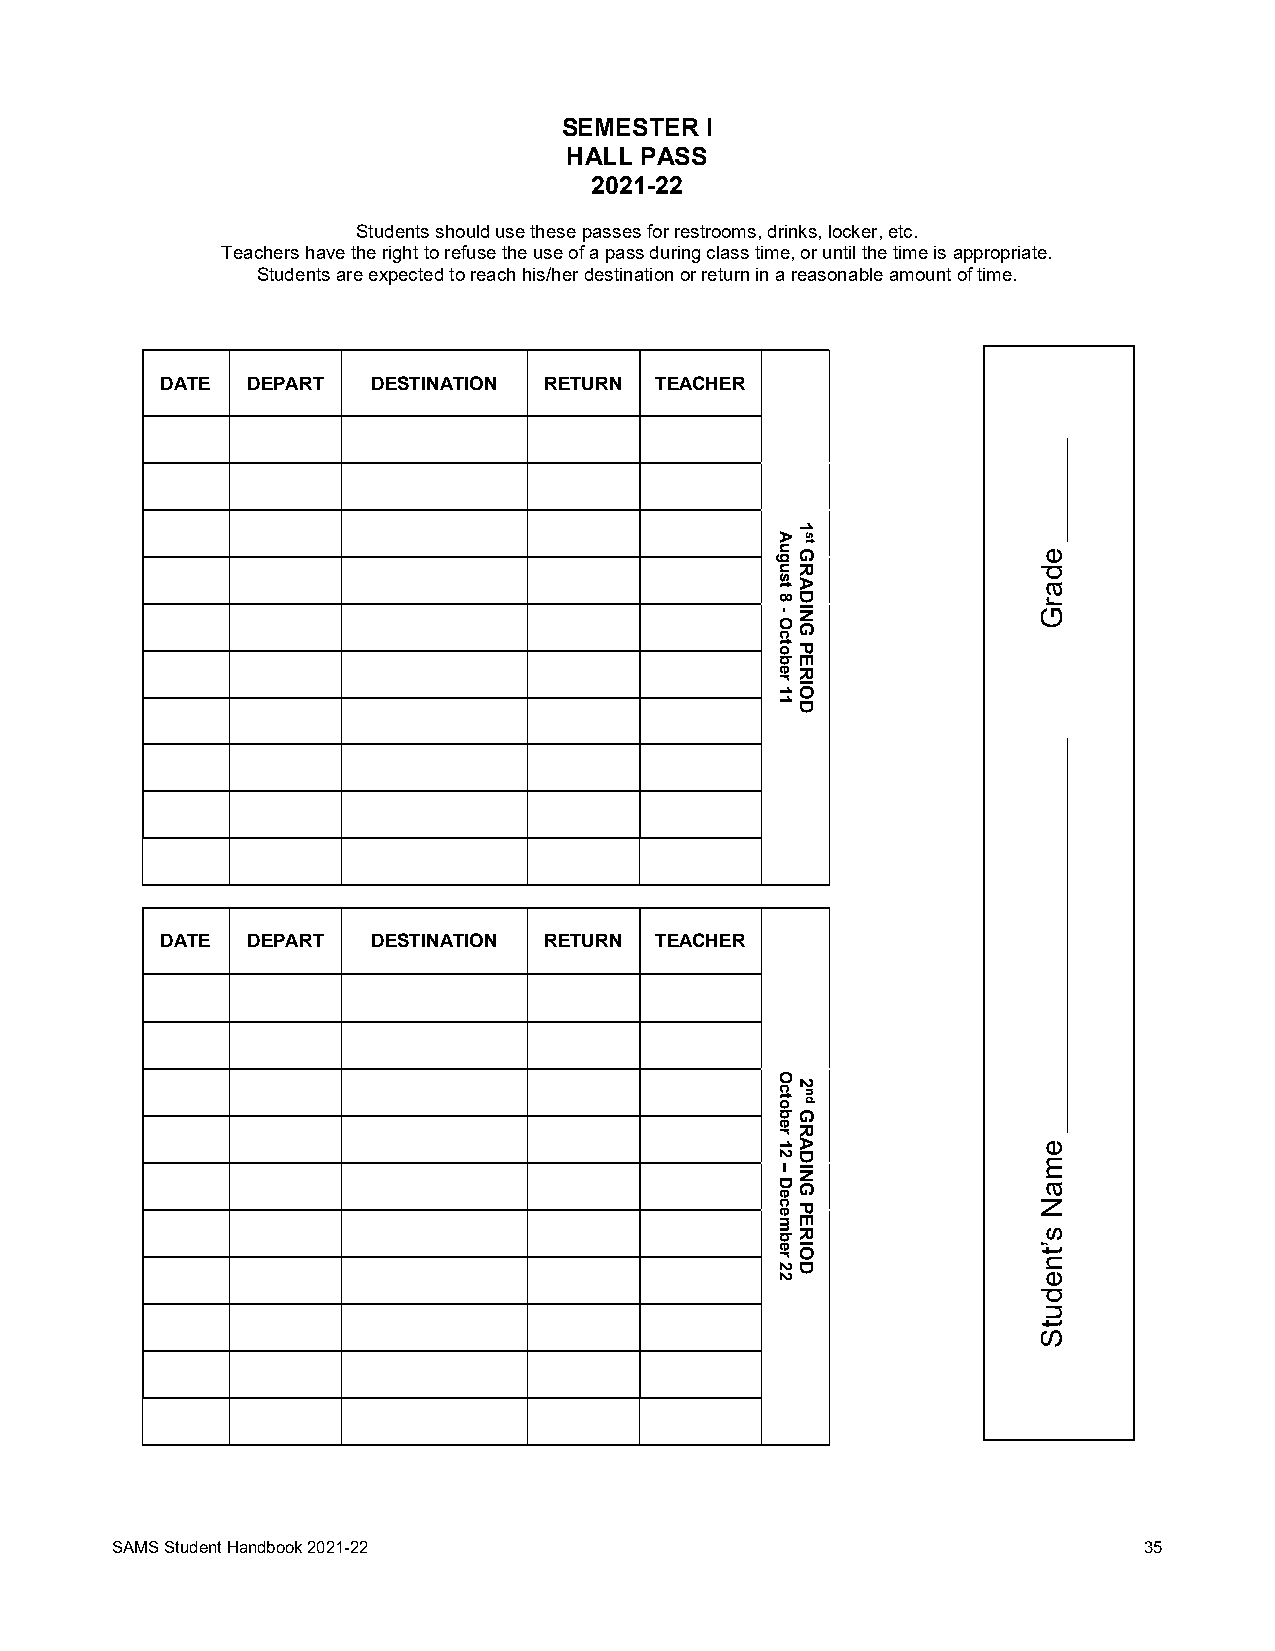
SEMESTER  I
 HALL PASS
 2021-22
 Students should use these passes for restrooms, drinks, locker, etc.
 Teachers have the right to refuse the use of a pass during class time, or until the time is appropriate.
 Students are expected to reach his/her destination or return in a reasonable amount of time.
 DATE DEPART   DESTINATION RETURN TEACHER
 DATE DEPART   DESTINATION RETURN TEACHER
 SAMS Student Handbook 2021-22                                        35
 August
 8
 -
 October
 11
 October
 12
 –
 December
 22
 1
 GRADING
 PERIOD
 2
 GRADING
 PERIOD
 st
 nd
 _______
 edarG
 ___________________________
 emaN
 s’tnedutS